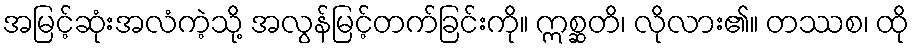
အမြင့်ဆုံးအလံကဲ့သို့ အလွန်မြင့်တက်ခြင်းကို။ ဣစ္ဆတိ၊ လိုလား၏။ တဿစ၊ ထို